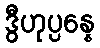
ဒွီဟုပ္ပန္နေ